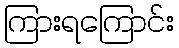
ကြားရကြောင်း